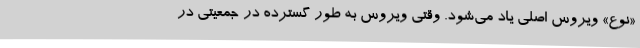
«نوع» ویروس اصلی یاد می‌شود. وقتی ویروس به طور گسترده در جمعیتی در